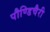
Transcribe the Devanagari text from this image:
पौण्डिचैरी